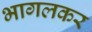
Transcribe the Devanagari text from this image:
भागलकर